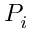
P _ { i }